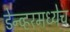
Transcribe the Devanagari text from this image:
डेन्व्हरमध्येच